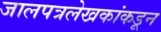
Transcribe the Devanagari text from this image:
जालपत्रलेखकांकडून